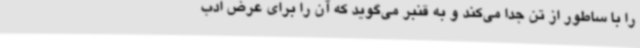
را با ساطور از تن جدا می‌کند و به قنبر می‌گوید که آن را برای عرض ادب